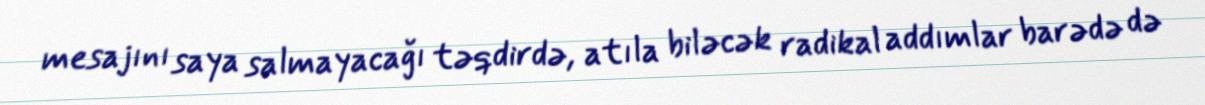
mesajını saya salmayacağı təqdirdə, atıla biləcək radikal addımlar barədə də